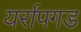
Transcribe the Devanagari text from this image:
यर्रापगड